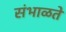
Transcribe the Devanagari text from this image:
संभाळते